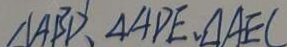
\Delta A B D , \Delta A D E , \Delta A E C